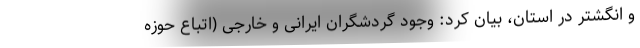
و انگشتر در استان، بیان کرد: وجود گردشگران ایرانی و خارجی (اتباع حوزه